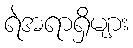
ရဲအရာရှိများ